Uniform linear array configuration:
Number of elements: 64
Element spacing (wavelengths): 1
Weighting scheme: hamming
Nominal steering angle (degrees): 0
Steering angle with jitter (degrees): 0.4801
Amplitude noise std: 0.05
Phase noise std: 0.05

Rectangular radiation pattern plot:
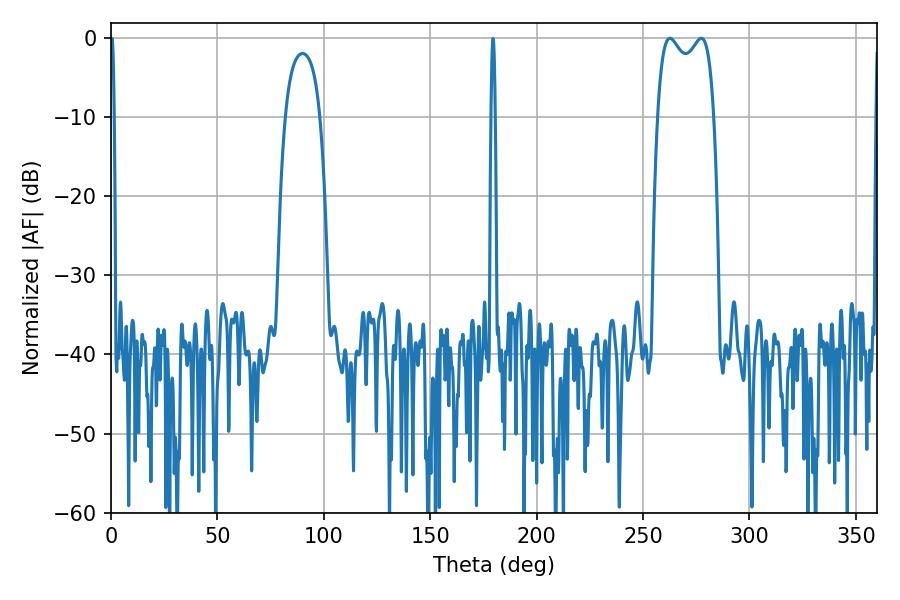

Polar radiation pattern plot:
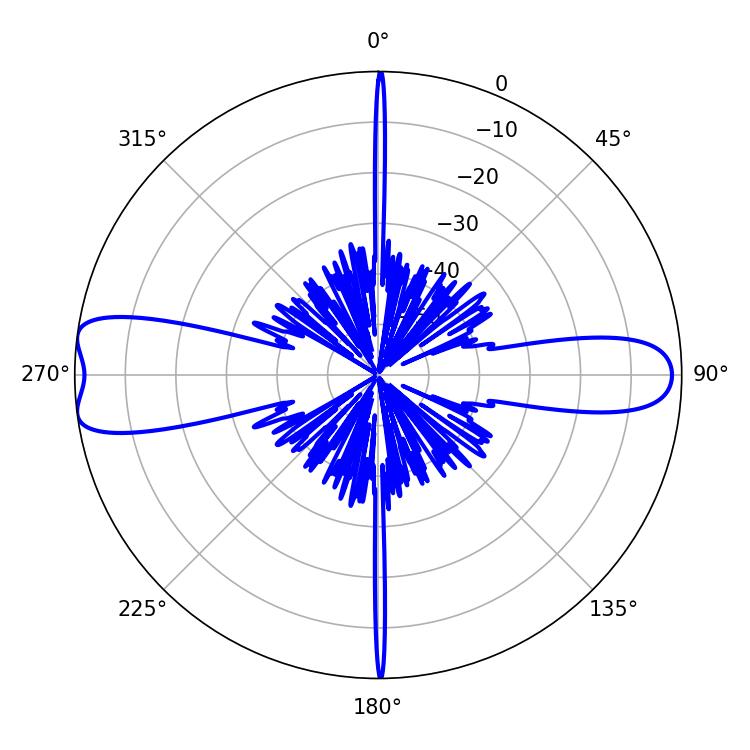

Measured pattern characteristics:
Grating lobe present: TRUE
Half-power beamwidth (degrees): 21.96
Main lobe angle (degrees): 277.38